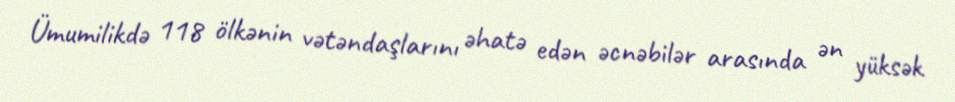
Ümumilikdə 118 ölkənin vətəndaşlarını əhatə edən əcnəbilər arasında ən yüksək